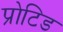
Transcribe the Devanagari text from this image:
प्रोटिड